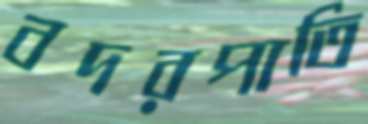
বদরপাতি